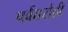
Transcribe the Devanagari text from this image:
पर्वतरोही